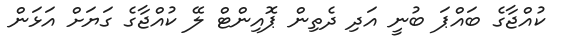
ކުއްޖާގެ ބައްޕަ ބުނީ އަދި ދެތިން ޕޮއިންޓް ލޭ ކުއްޖާގެ ގަޔަށް އަޅަން